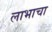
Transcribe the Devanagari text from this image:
लाभाचा